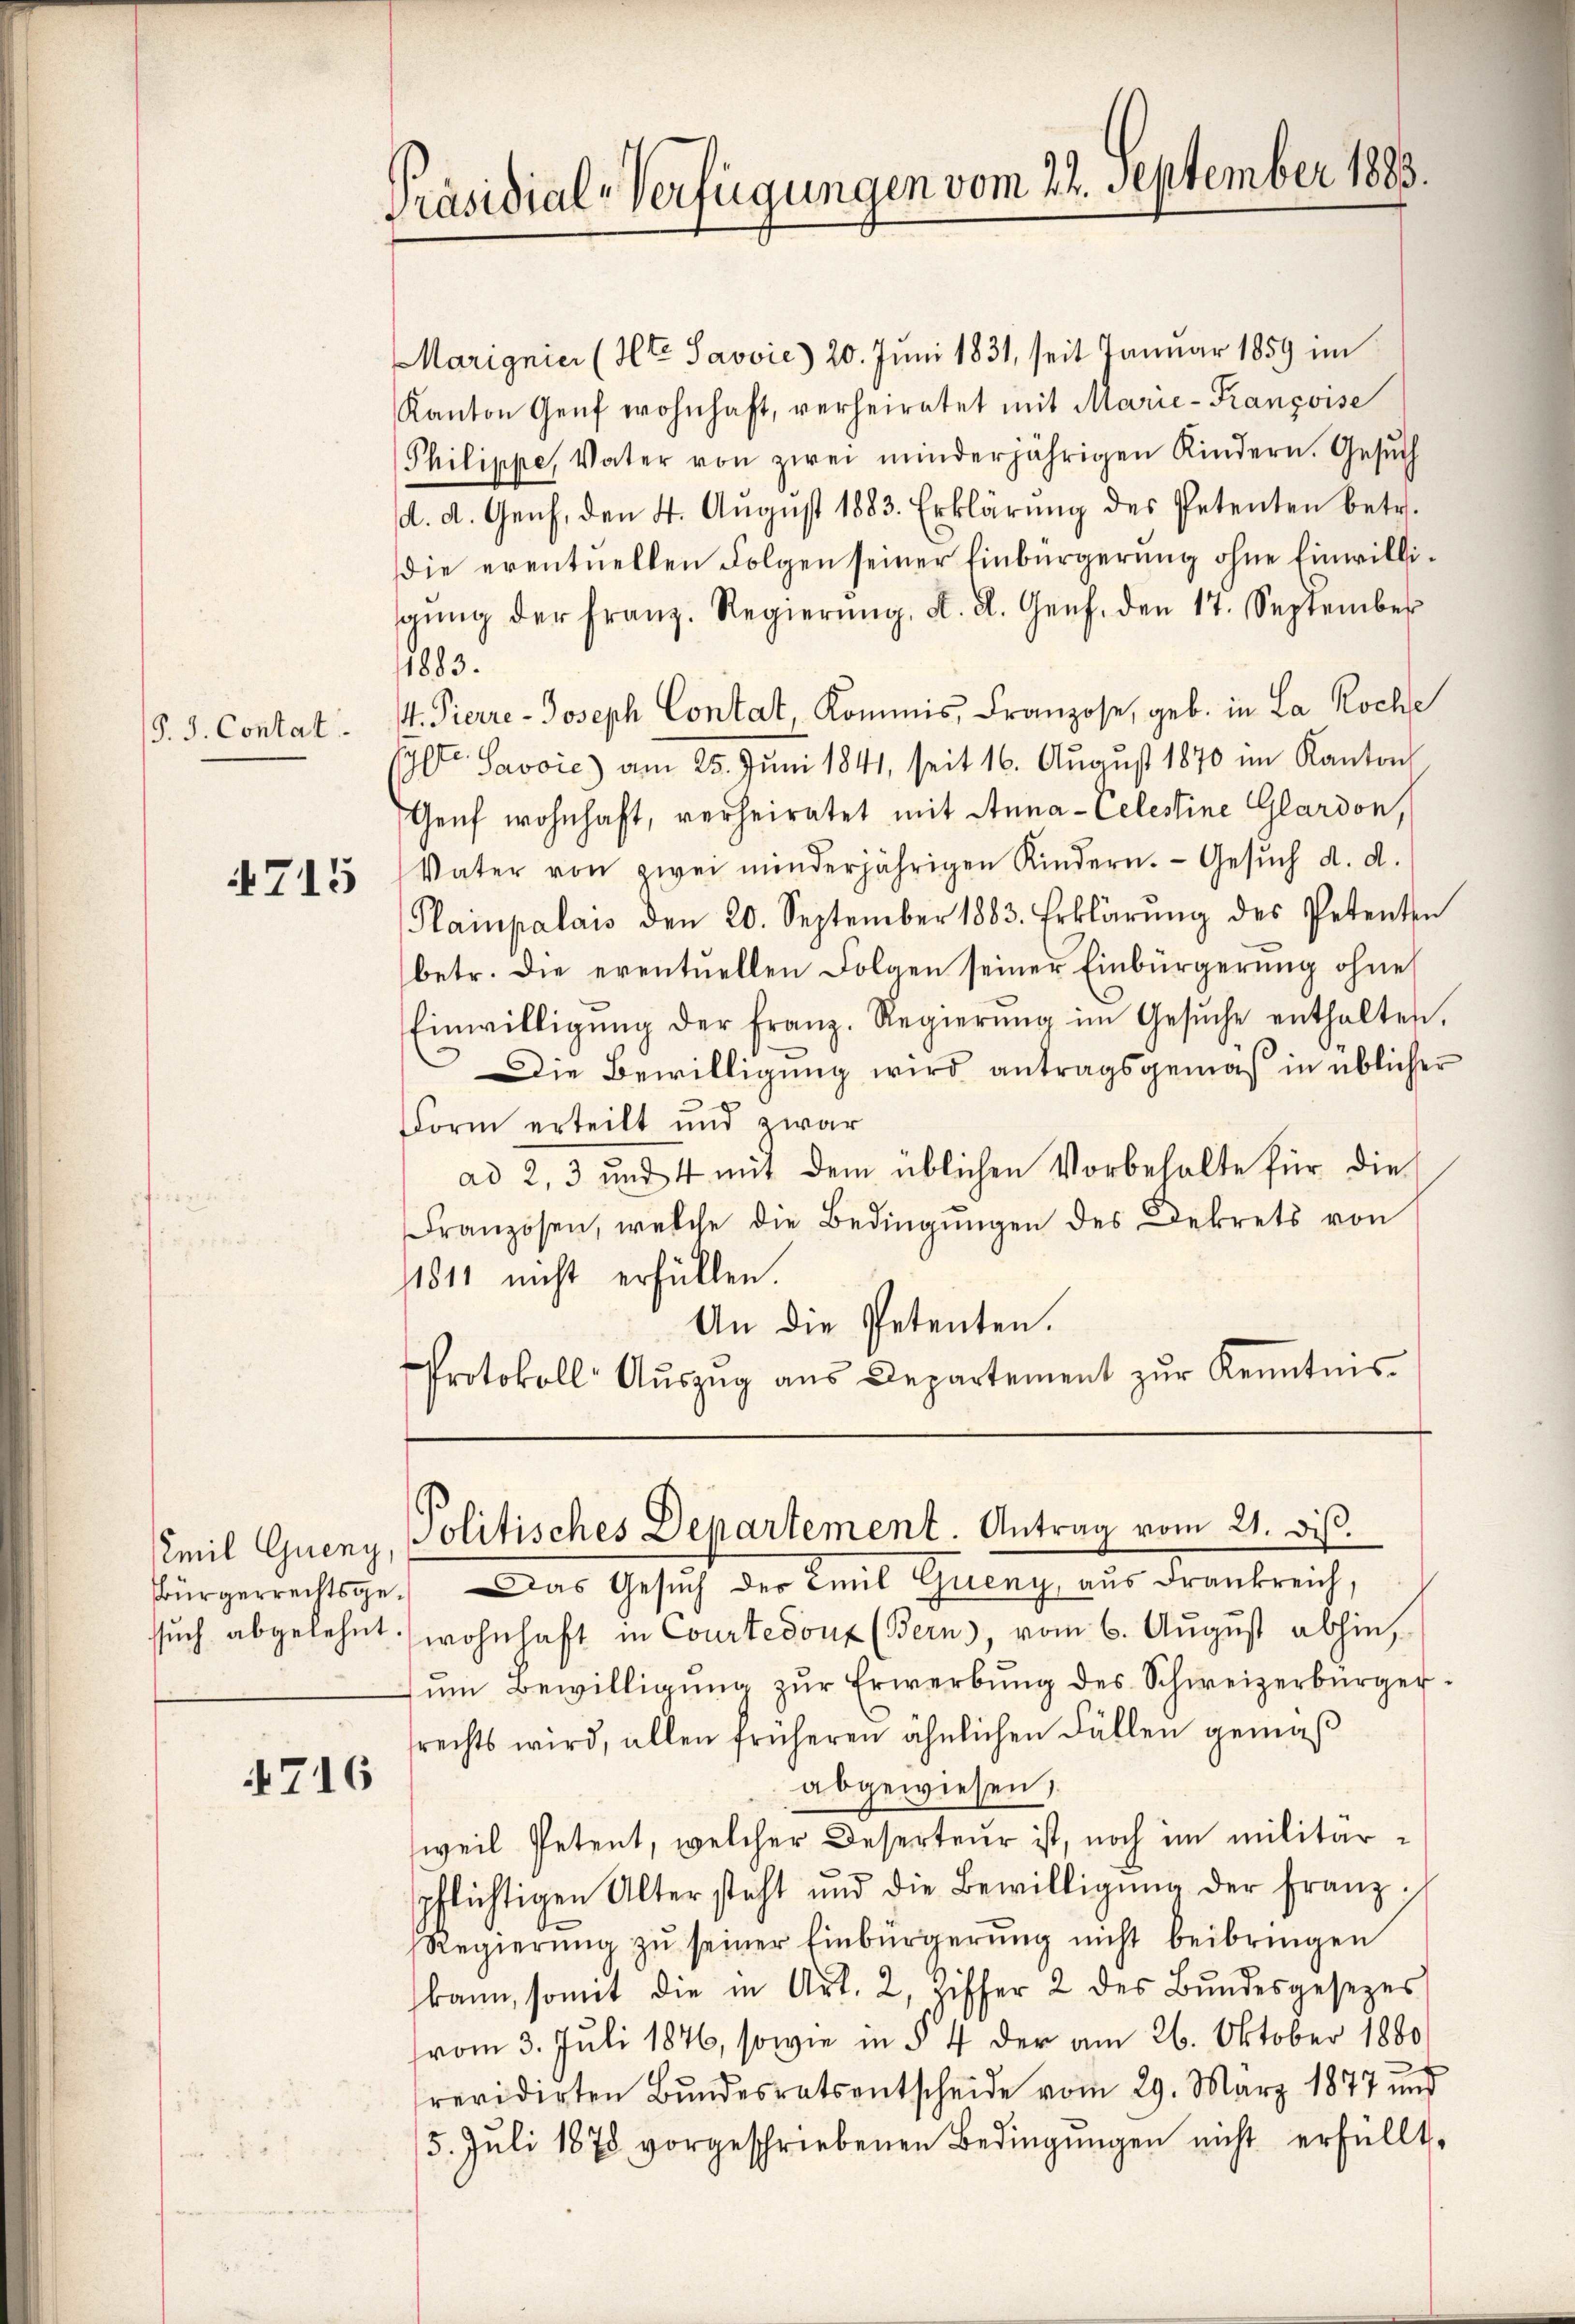
P. J. Contat.

4715

Emil Gueny
Bürgerrechtsgesuch abgelehnt.

4716

Präsidial-Verfügungen vom 22. September 1883

Marignier (Hte Savvić) 20. Juni 1831, seit Januar 1859 im
Kanton Genf wohnhaft, verheiratet mit Marie-Françoise
Philippe, Vater von zwei minderjährigen Kindern. Gesŭch
d. d. Genf, den 4. August 1883. Erklärung des Petenten betr.
die eventuellen Folgen seiner Einbürgerung ohne Einwillisŭng der franz. Regierŭng, d. d. Genf, den 17. September
1883.
. Pierre-Joseph Contat, Kommis, Franzose, geb. in La Roche
ylte. Savoie) am 25. Juni 1841, seit 16. August 1870 im Kanton
Genf wohnhaft, verheiratet mit Anna - Celestine Glardon,
Vater von zwei minderjährigen Kindern. Gesŭch d. d.
Plainpalais den 20. September 1883. Erklärŭng des Petenten
betr. die eventuellen Folgen seiner Einbürgerung ohne
Einwilligŭng der Franz. Regierŭng im Gesŭche enthalten.
Die Bewilligung wird antragsgemäß in üblicher
Form erteilt und zwar
ad 2, 3 und 4 mit dem üblichen Vorbehalte für die
Franzosen, welche die Bedingŭngen des Dekrets von
1811 nicht erfüllen.
An die Petenten.
Protokoll Aŭszŭg aŭs Departement zŭr Kenntnis.

Politisches Departement. Antrag vom 21. diβ.

Das Gesuch der Emil Gueny, aus Frankreich,
wohnhaft in Courtedoux (Bern, vom 6. August abhin,
ŭm Bewilligŭng zŭr Erwerbŭng des Schweizerbürgerrechts wird, allen früheren ähnlichen Fällen gemäß
abgewiesen,
weil Petent, welcher Deserteur ist, noch im militärpflichtigen Altersteht und die Bewilligŭng der Franz.
Regierŭng zŭ seiner Einbürgerŭng nicht beibringen
kann, somit die in Art. 2, Ziffer 2 des Bŭndesgesezes
(vom 3. Juli 1876, sowie in § 4 der am 26. Oktober 1880
revidirten Bŭndesratsentscheide vom 29. März 1877 und
5. Jŭli 1878 vorgeschriebenen Bedingŭngen nicht erfüllt,